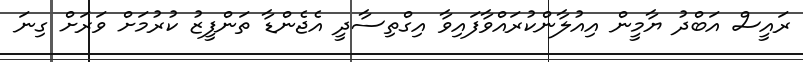
ރައީސް އަބްދު ޔާމީން އިއުލާންކުރައްވާފައިވާ އިގްތިސާދީ އެޖެންޑާ ތަންފީޒު ކުރުމަށް ވަރަށް ގިނަ